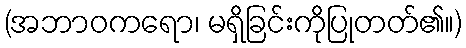
(အဘာဝကရော၊ မရှိခြင်းကိုပြုတတ်၏။)